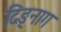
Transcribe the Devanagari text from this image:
दिङ्‌नाग